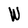
Character: W